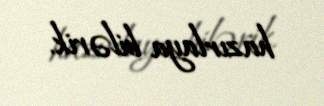
hazırlaya bilərik.